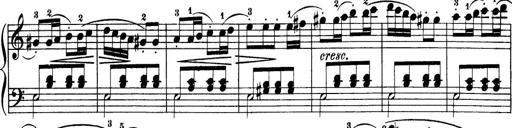
Title: 32 Sonatinas and Rondos for the Piano
Composer: Richard Kleinmichel